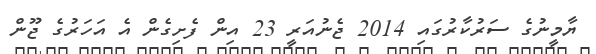
ޔާމީނުގެ ސަރުކާރުގައި 2014 ޖެނުއަރީ 23 އިން ފެށިގެން އެ އަހަރުގެ ޖޫން